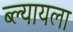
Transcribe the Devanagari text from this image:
ब्ल्यायला